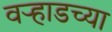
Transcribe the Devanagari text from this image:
वर्‍हाडच्या